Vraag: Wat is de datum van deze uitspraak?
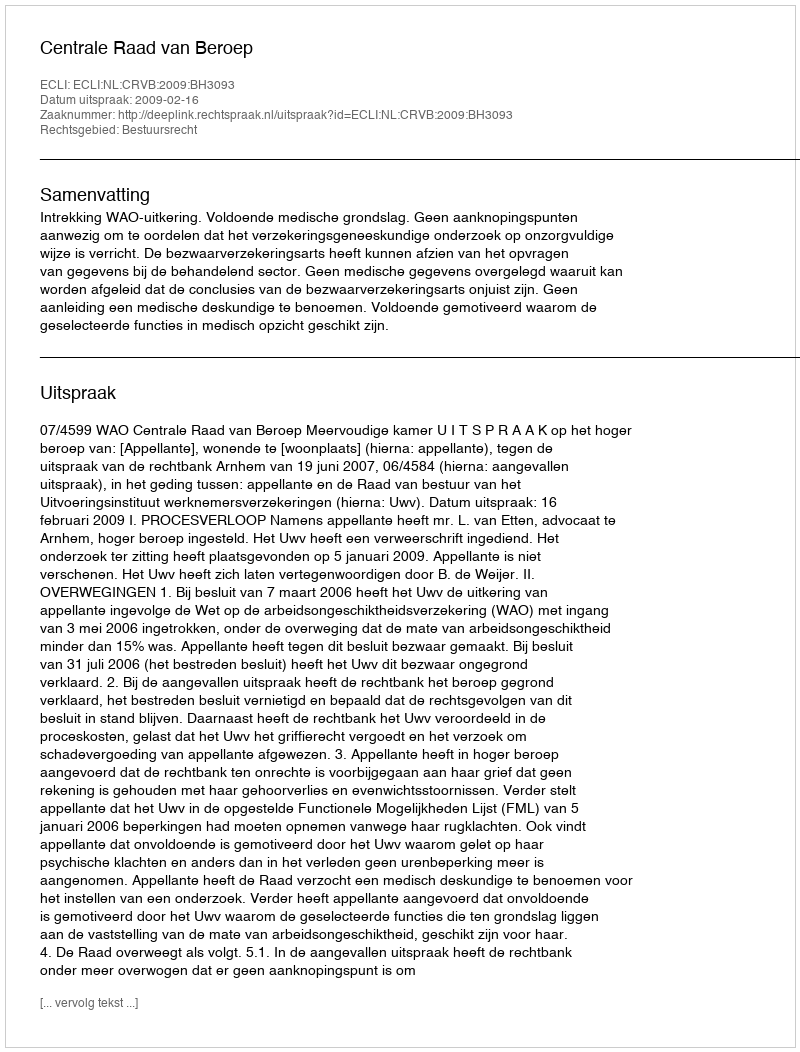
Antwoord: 2009-02-16